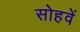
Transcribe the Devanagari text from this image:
सोहवें